Treatise on elephants
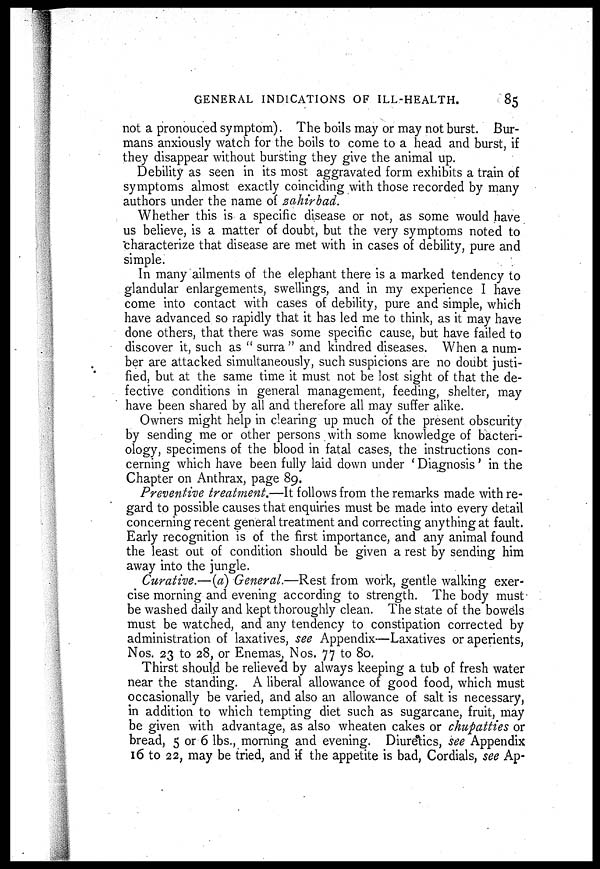
GENERAL INDICATIONS OF ILL-HEALTH.
85
not a pronouced symptom). The boils may or may not burst. Bur-
mans anxiously watch for the boils to come to a head and burst, if
they disappear without bursting they give the animal up.
Debility as seen in its most aggravated form exhibits a train of
symptoms almost exactly coinciding with those recorded by many
authors under the name of zahirbad.
Whether this is a specific disease or not, as some would have
us believe, is a matter of doubt, but the very symptoms noted to
characterize that disease are met with in cases of debility, pure and
simple.
In many ailments of the elephant there is a marked tendency to
glandular enlargements, swellings, and in my experience I have
come into contact with cases of debility, pure and simple, which
have advanced so rapidly that it has led me to think, as it may have
done others, that there was some specific cause, but have failed to
discover it, such as " surra " and kindred diseases. When a num-
ber are attacked simultaneously, such suspicions are no doubt justi-
fied, but at the same time it must not be lost sight of that the de-
fective conditions in general management, feeding, shelter, may
have been shared by all and therefore all may suffer alike.
Owners might help in clearing up much of the present obscurity
by sending me or other persons with some knowledge of bacteri-
ology, specimens of the blood in fatal cases, the instructions con-
cerning which have been fully laid down under 'Diagnosis' in the
Chapter on Anthrax, page 89.
Preventive treatment.—It follows from the remarks made with re-
gard to possible causes that enquiries must be made into every detail
concerning recent general treatment and correcting anything at fault.
Early recognition is of the first importance, and any animal found
the least out of condition should be given a rest by sending him
away into the jungle.
Curative.—(a) General.—Rest from work, gentle walking exer-
cise morning and evening according to strength. The body must
be washed daily and kept thoroughly clean. The state of the bowels
must be watched, and any tendency to constipation corrected by
administration of laxatives, see Appendix—Laxatives or aperients,
Nos. 23 to 28, or Enemas, Nos. 77 to 80.
Thirst should be relieved by always keeping a tub of fresh water
near the standing. A liberal allowance of good food, which must
occasionally be varied, and also an allowance of salt is necessary,
in addition to which tempting diet such as sugarcane, fruit, may
be given with advantage, as also wheaten cakes or chupatties or
bread, 5 or 6 lbs., morning and evening. Diuretics, see Appendix
16 to 22, may be tried, and if the appetite is bad, Cordials, see Ap-